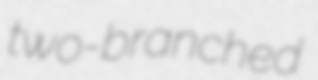
two-branched